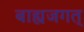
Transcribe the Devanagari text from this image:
बाह्यजगत्